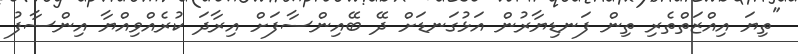
"ތިޔަ އިއްޒަތްތެރި ތިން ފަނޑިޔާރުން އަޅުގަނޑަށް ދޭ ބޭއިންސާފަށް އިރާދަ ކުރެއްވިއްޔާ އިންސާފު